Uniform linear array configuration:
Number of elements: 4
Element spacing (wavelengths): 0.5
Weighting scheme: exponential
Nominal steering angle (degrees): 30
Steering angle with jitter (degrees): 30.965
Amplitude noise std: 0.05
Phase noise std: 0.05

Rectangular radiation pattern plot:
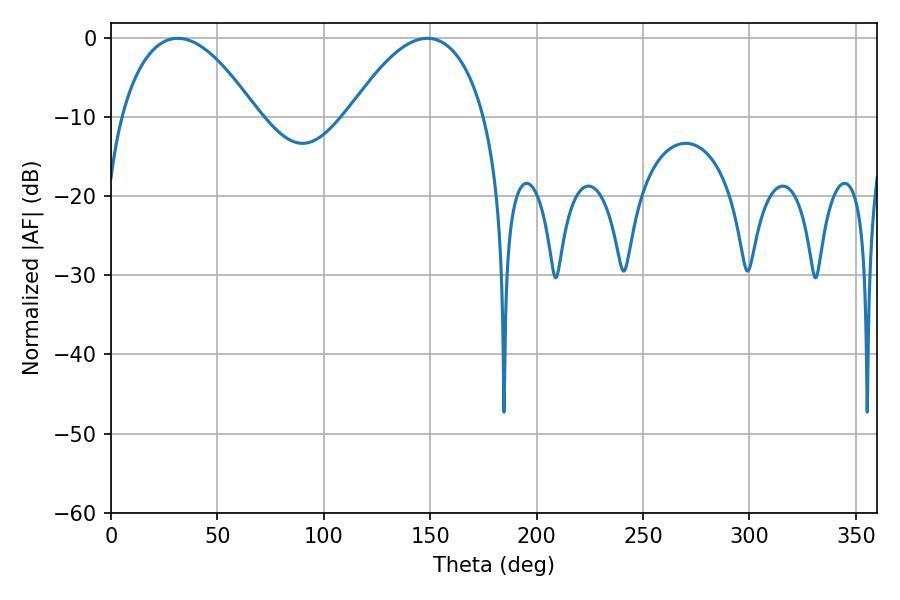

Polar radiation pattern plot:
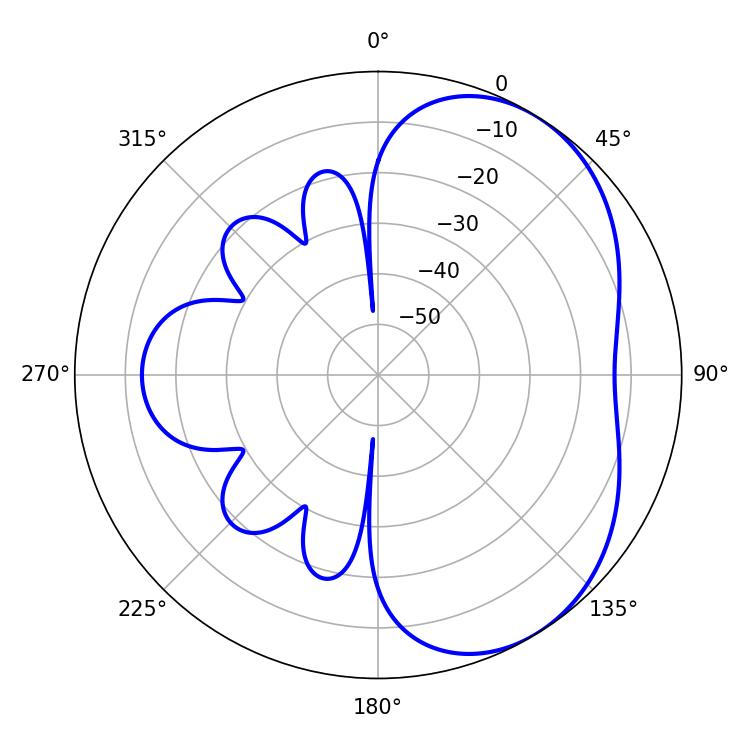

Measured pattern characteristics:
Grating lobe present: FALSE
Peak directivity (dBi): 4.398
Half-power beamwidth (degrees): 35.46
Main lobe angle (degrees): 31.32